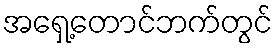
အရှေ့တောင်ဘက်တွင်